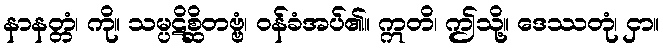
နာနတ္တံ၊ ကို။ သမ္ပဋိစ္ဆိတဗ္ဗံ၊ ဝန်ခံအပ်၏။ ဣတိ၊ ဤသို့။ ဒေဿတုံ၊ ငှာ။